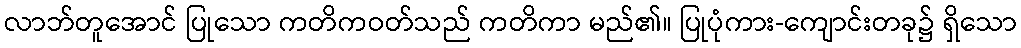
လာဘ်တူအောင် ပြုသော ကတိကဝတ်သည် ကတိကာ မည်၏။ ပြုပုံကား-ကျောင်းတခု၌ ရှိသော